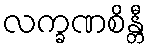
လက္ခဏစိန္တီ